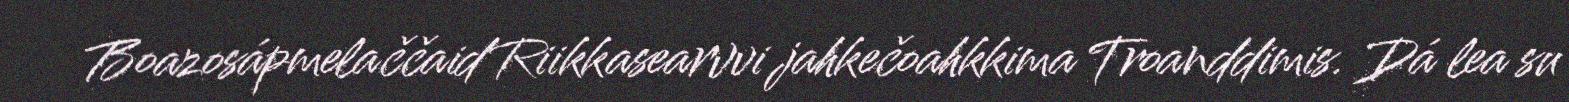
Boazosápmelaččaid Riikkasearvvi jahkečoahkkima Troanddimis. Dá lea su